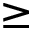
\geq